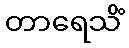
တာရေသိံ